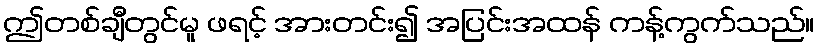
ဤတစ်ချီတွင်မူ ဖရင့် အားတင်း၍ အပြင်းအထန် ကန့်ကွက်သည်။